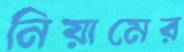
নিয়ামের